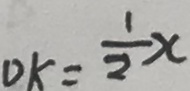
D K = \frac { 1 } { 2 } x